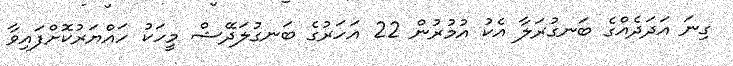
ގިނަ އަދަދެއްގެ ބަނގުރަލާ އެކު އުމުރުން 22 އަހަރުގެ ބަނގުލަދޭޝް މީހަކު ހައްޔަރުކޮށްފައިވާ